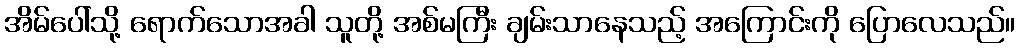
အိမ်ပေါ်သို့ ရောက်သောအခါ သူတို့ အစ်မကြီး ချမ်းသာနေသည့် အကြောင်းကို ပြောလေသည်။